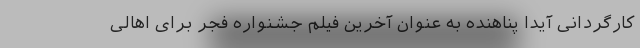
کارگردانی آیدا پناهنده به عنوان آخرین فیلم جشنواره فجر برای اهالی